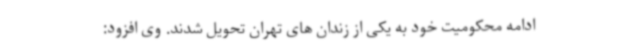
ادامه محکومیت خود به یکی از زندان های تهران تحویل شدند. وی افزود: